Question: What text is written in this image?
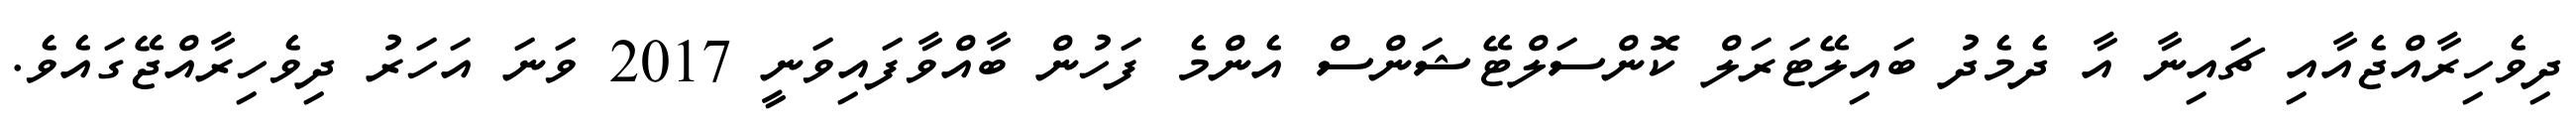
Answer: ދިވެހިރާއްޖެއާއި ޗައިނާ އާ ދެމެދު ބައިލޭޓަރަލް ކޮންސަލްޓޭޝަންސް އެންމެ ފަހުން ބާއްވާފައިވަނީ 2017 ވަނަ އަހަރު ދިވެހިރާއްޖޭގައެވެ.